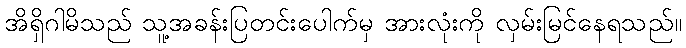
အိရှိဂါမိသည် သူ့အခန်းပြတင်းပေါက်မှ အားလုံးကို လှမ်းမြင်နေရသည်။